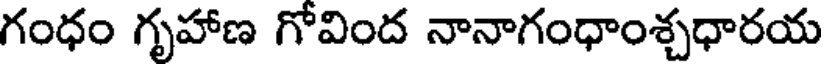
గంధం గృహాణ గోవింద నానాగంధాంశ్చధారయ